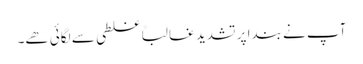
آپ نے بندا پر تشدید غالباً غلطی سے لگائی ھے۔